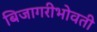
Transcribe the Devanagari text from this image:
बिजागरीभोवती